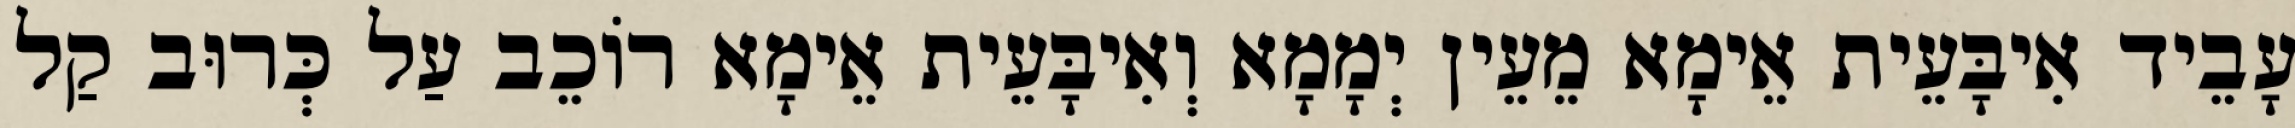
עָבֵיד אִיבָּעֵית אֵימָא מֵעֵין יְמָמָא וְאִיבָּעֵית אֵימָא רוֹכֵב עַל כְּרוּב קַל